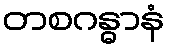
တစဂန္ဓာနံ